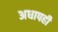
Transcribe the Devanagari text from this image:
अधापही